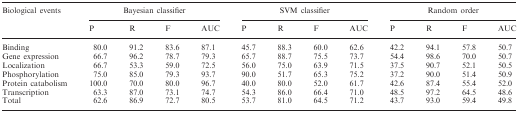
<table><thead><tr><td><b>Biological events</b></td><td colspan="4"><b>Bayesian classifier</b></td><td colspan="4"><b>SVM classifier</b></td><td colspan="4"><b>Random order</b></td></tr><tr><td></td><td><b>P</b></td><td><b>R</b></td><td><b>F</b></td><td><b>AUC</b></td><td><b>P</b></td><td><b>R</b></td><td><b>F</b></td><td><b>AUC</b></td><td><b>P</b></td><td><b>R</b></td><td><b>F</b></td><td><b>AUC</b></td></tr></thead><tbody><tr><td>Binding</td><td>80.0</td><td>91.2</td><td>83.6</td><td>87.1</td><td>45.7</td><td>88.3</td><td>60.0</td><td>62.6</td><td>42.2</td><td>94.1</td><td>57.8</td><td>50.7</td></tr><tr><td>Gene expression</td><td>66.7</td><td>96.2</td><td>78.7</td><td>79.3</td><td>65.7</td><td>88.7</td><td>75.5</td><td>73.7</td><td>54.4</td><td>98.6</td><td>70.0</td><td>50.7</td></tr><tr><td>Localization</td><td>66.7</td><td>53.3</td><td>59.0</td><td>72.5</td><td>56.0</td><td>75.0</td><td>63.9</td><td>71.5</td><td>37.5</td><td>90.7</td><td>52.1</td><td>50.5</td></tr><tr><td>Phosphorylation</td><td>75.0</td><td>85.0</td><td>79.3</td><td>93.7</td><td>90.0</td><td>51.7</td><td>65.3</td><td>75.2</td><td>37.2</td><td>90.0</td><td>51.4</td><td>50.9</td></tr><tr><td>Protein catabolism</td><td>100.0</td><td>70.0</td><td>80.0</td><td>96.7</td><td>40.0</td><td>80.0</td><td>52.0</td><td>61.7</td><td>42.6</td><td>87.4</td><td>55.4</td><td>52.0</td></tr><tr><td>Transcription</td><td>63.3</td><td>87.0</td><td>73.1</td><td>74.7</td><td>54.3</td><td>86.0</td><td>66.4</td><td>71.0</td><td>48.5</td><td>97.2</td><td>64.5</td><td>48.6</td></tr><tr><td>Total</td><td>62.6</td><td>86.9</td><td>72.7</td><td>80.5</td><td>53.7</td><td>81.0</td><td>64.5</td><td>71.2</td><td>43.7</td><td>93.0</td><td>59.4</td><td>49.8</td></tr></tbody></table>